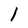
Character: l